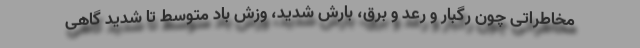
مخاطراتی چون رگبار و رعد و برق، بارش شدید، وزش باد متوسط تا شدید گاهی